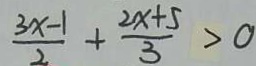
\frac { 3 x - 1 } { 2 } + \frac { 2 x + 5 } { 3 } > 0